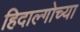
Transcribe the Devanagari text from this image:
हिदाल्गोच्या